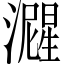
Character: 𬉚